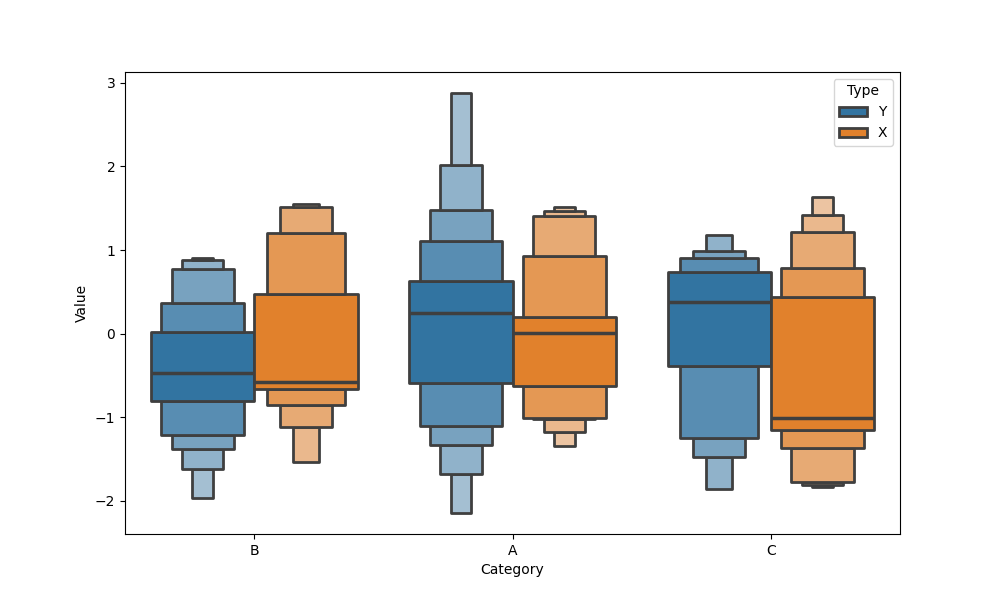
python, seaborn, boxenplot, k_depth='full', linewidth=2, scale='linear', outlier_prop=0.2, showfliers=False